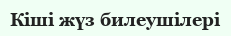
Кіші жүз билеушілері